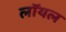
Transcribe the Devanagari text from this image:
लाॅयल